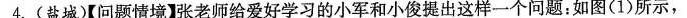
4.(盐城)【问题情境】张老师给爱好学习的小军和小俊提出这样一个问题：如图(1)所示，